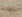
ناقلة